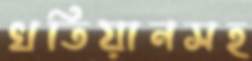
খতিয়ানসহ